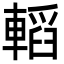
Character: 轁